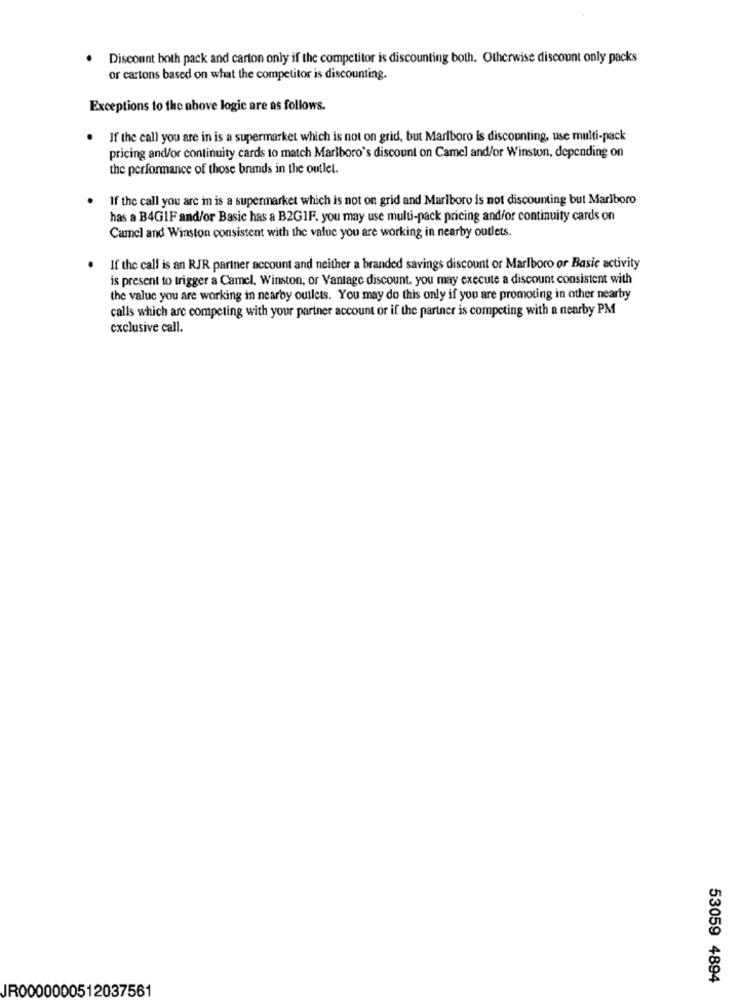
Discount both pack and carton only if the competitor is discounting both. Otherwise discount only packs
or cartons based on what the competitor is discounting.
Exceptions to the above logie are as follows.
If the call you are in is a supermarket which is not on grid, but Marlboro is discounting, use multi-pack
pricing and/or continuity cards to match Marlboro's discount on Camel and/or Winston, depending on
the performance of those brands in the outlet.
If the call you are in is a supermarket which is not on grid and Marlboro is not discounting but Marlboro
has a B4GIF and/or Basic has a B2GIF. you may use multi-pack pricing and/or continuity cards on
Camel and Winston consistent with the value you are working in nearby outlets.
If the call is an RJR partner account and neither a branded savings discount or Marlboro or Basic activity
is present to trigger a Camel, Winston, or Vantage discount, you may execute a discount consistent with
the value you are working in nearby outlets. You may do this only if you are promoting in other nearby
calls which are competing with your partner account or if the partner is competing with a nearby PM
exclusive call.
53059 4894
JR0000000512037561